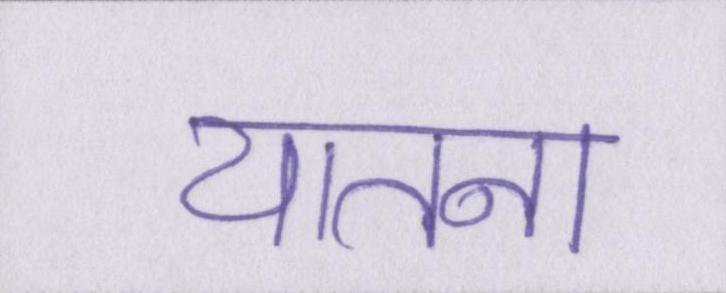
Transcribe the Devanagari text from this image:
यातना